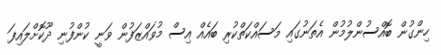
ހިންގުން ބޮއްސުންލުމުން އެތަނުގައި މަސައްކަތްކުރި ބައެއް އިސް މުވައްޒަފުން ވަނީ ކުންފުނި ދޫކޮށްލައިފަ